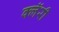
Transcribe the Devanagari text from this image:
क्लॅरी